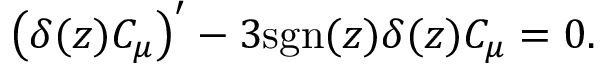
\left( \delta ( z ) C _ { \mu } \right) ^ { \prime } - 3 \mathrm { s g n } ( z ) \delta ( z ) C _ { \mu } = 0 .